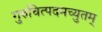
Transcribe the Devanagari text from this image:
गुरुचित्पदमच्युतम्